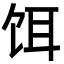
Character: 饵